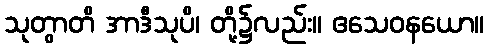
သုတွာတိ အာဒီသုပိ၊ တို့၌လည်း။ ဧသေဝနယော။